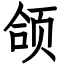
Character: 颌